Civil Veterinary Department Bengal reports 1923-33 - 1923-1933
Year: 1923
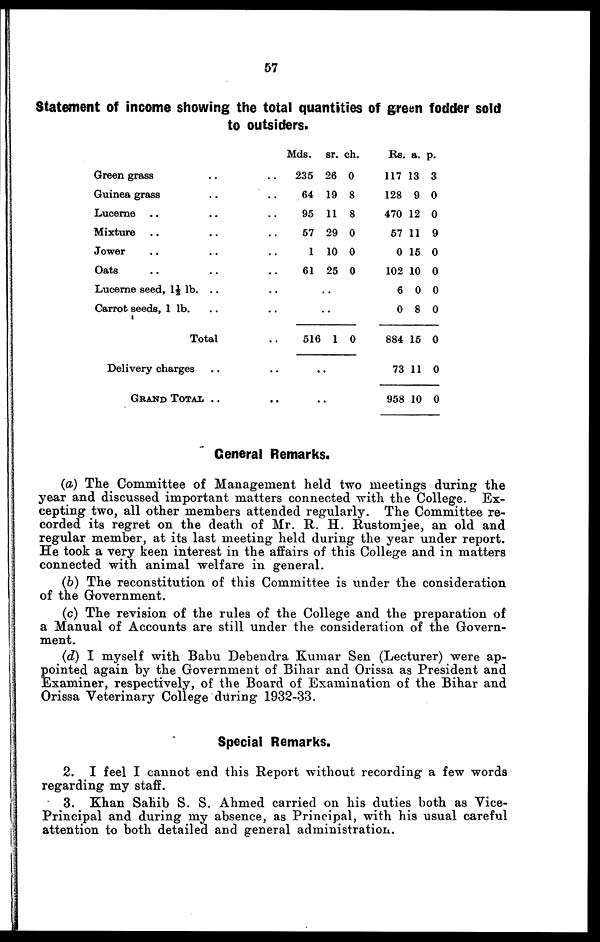
57
Statement of income showing the total quantities of green fodder sold
to outsiders.
Green grass .. ..
Guinea grass .. ..
Lucerne .. .. ..
Mixture .. .. ..
Jower .. .. ..
Oats .. .. ..
Lucerne seed, 1½ lb. .. ..
Carrot seeds, 1 lb. .. ..
Total ..
Delivery charges .. ..
GRAND TOTAL.. ..
Mds.
235
64
95
57
1
61
sr.
26
19
11
29
10
25
..
..
516 1
..
..
ch.
0
8
8
0
0
0
0
Rs.
117
128
470
57
0
102
6
0
884
73
958
a.
13
9
12
11
15
10
0
8
15
11
10
p.
3
0
0
9
0
0
0
0
0
0
0
General Remarks.
(a) The Committee of Management held two meetings during the
year and discussed important matters connected with the College. Ex-
cepting two, all other members attended regularly. The Committee re-
corded its regret on the death of Mr. R. H. Rustomjee, an old and
regular member, at its last meeting held during the year under report.
He took a very keen interest in the affairs of this College and in matters
connected with animal welfare in general.
(b) The reconstitution of this Committee is under the consideration
of the Government.
(c) The revision of the rules of the College and the preparation of
a Manual of Accounts are still under the consideration of the Govern-
ment.
(d) I myself with Babu Debendra Kumar Sen (Lecturer) were ap-
pointed again by the Government of Bihar and Orissa as President and
Examiner, respectively, of the Board of Examination of the Bihar and
Orissa Veterinary College during 1932-33.
Special Remarks.
2. I feel I cannot end this Report without recording a few words
regarding my staff.
3. Khan Sahib S. S. Ahmed carried on his duties both as Vice-
Principal and during my absence, as Principal, with his usual careful
attention to both detailed and general administration.